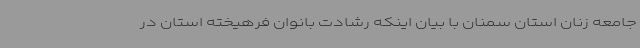
جامعه زنان استان سمنان با بیان اینکه رشادت بانوان فرهیخته استان در